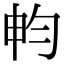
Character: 𣌨